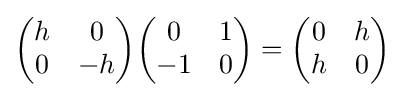
{\begin{pmatrix}h&0\\0&-h\end{pmatrix}}{\begin{pmatrix}0&1\\-1&0\end{pmatrix}}={\begin{pmatrix}0&h\\h&0\end{pmatrix}}